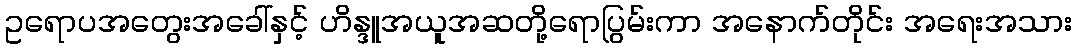
ဥရောပအတွေးအခေါ်နှင့် ဟိန္ဒူအယူအဆတို့ရောပြွမ်းကာ အနောက်တိုင်း အရေးအသား